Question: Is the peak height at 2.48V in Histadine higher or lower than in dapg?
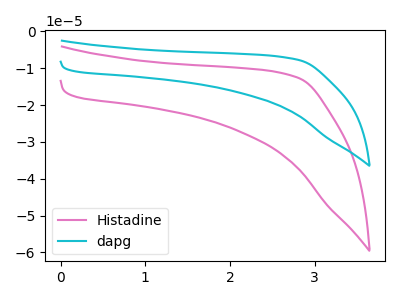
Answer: <think>The pink curve "Histadine" has no peaks. The cyan curve "dapg" has no peaks.</think>
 <answer>"Histadine" and "dapg" dont share a peak at 2.48V.</answer>
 <eval>mismatch</eval>